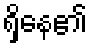
ရှိနေ၏